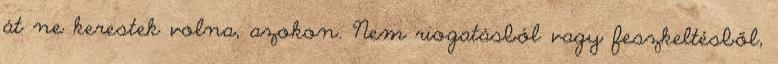
át ne kerestek volna, azokon. Nem riogatásból vagy feszkeltésből,